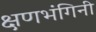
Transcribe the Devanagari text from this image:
क्षणभंगिनी